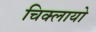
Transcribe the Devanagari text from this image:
चिक्लायो